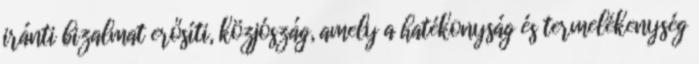
iránti bizalmat erősíti, közjószág, amely a hatékonyság és termelékenység